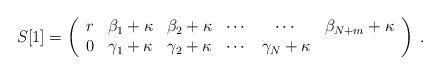
LaTeX: \begin{align*}S[1] = \left( \begin{array}{cccccc}r & \beta_1 + \kappa & \beta_2 + \kappa & \cdots & \cdots & \beta_{N+m} + \kappa \\0 & \gamma_1 + \kappa & \gamma_2 + \kappa & \cdots & \gamma_{N} + \kappa & \end{array} \right) \;.\end{align*}